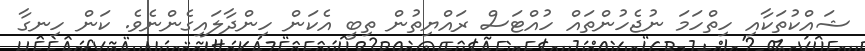
ޝައްކުތަކާއި ހިތްހަމަ ނުޖެހުންތައް ހުއްޓަސް ރައްޔިތުން ތިބީ އެކަން ހިންދާލައިގެންނެވެ. ކަން ހިނގާ